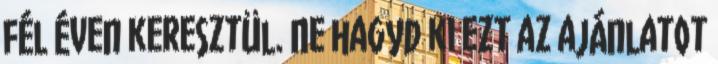
fél éven keresztül. Ne hagyd ki ezt az ajánlatot